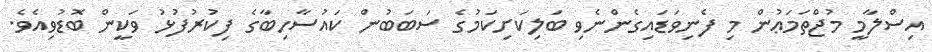
އިސްލާމީ މުޖްތަމަޢުން މި ފެނިވަޑައިގެންނެވި ބަލިކަށިކަމުގެ ސަބަބުން ކައުސާހިބާގެ ފިކުރުފުޅު ވަކީން ބޮޑުވިއެވެ.